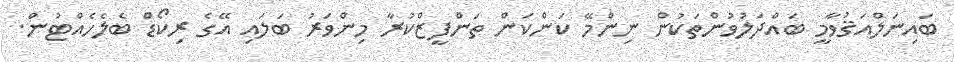
ބައިނަލްއަޤުވާމީ ބައްދަލުވުންތަކުން ނިންމޭ ކަންކަން ތަންފީޒްކުރާ މިންވަރު ބަލައި އޭގެ ރިކޯޑް ބެލެހެއްޓުން.